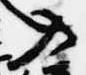
入